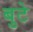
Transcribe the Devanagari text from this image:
बुटे